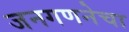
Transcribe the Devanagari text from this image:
जनगणनेचा